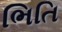
ભિતિ